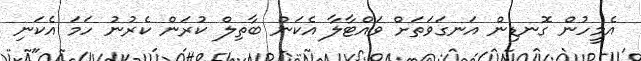
އެމީހުން ގޮނޑިން އަނގަވަތަށް ވައްޓާލާ އެކަން ބާތިލް ކުރަން ކެރުނު ހަމަ އެކަނި